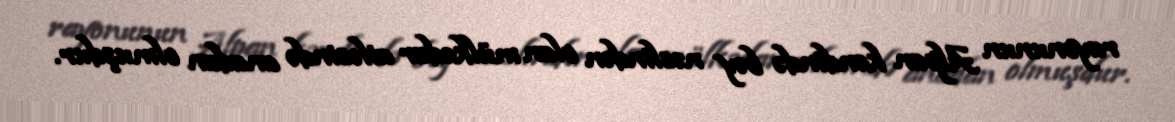
rayonunun Alpan kəndində bəy nəslindən olan mülkədar ailəsində anadan olmuşdur.